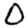
Digit: 0